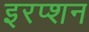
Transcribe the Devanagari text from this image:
इरप्शन